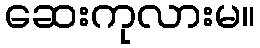
ဆေးကုလားမ။